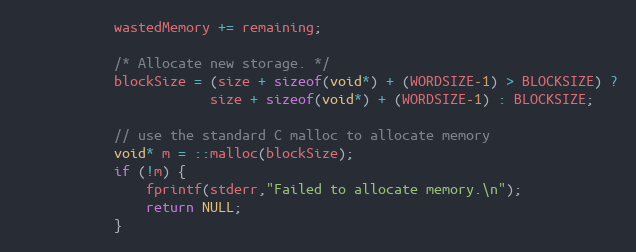
Language: C
            wastedMemory += remaining;

            /* Allocate new storage. */
            blockSize = (size + sizeof(void*) + (WORDSIZE-1) > BLOCKSIZE) ?
                        size + sizeof(void*) + (WORDSIZE-1) : BLOCKSIZE;

            // use the standard C malloc to allocate memory
            void* m = ::malloc(blockSize);
            if (!m) {
                fprintf(stderr,"Failed to allocate memory.\n");
                return NULL;
            }